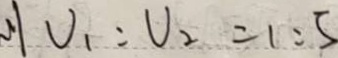
U _ { 2 } : U _ { 2 } = 1 : 5